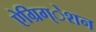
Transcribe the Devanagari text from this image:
ऐग्रिग्‌ेशन